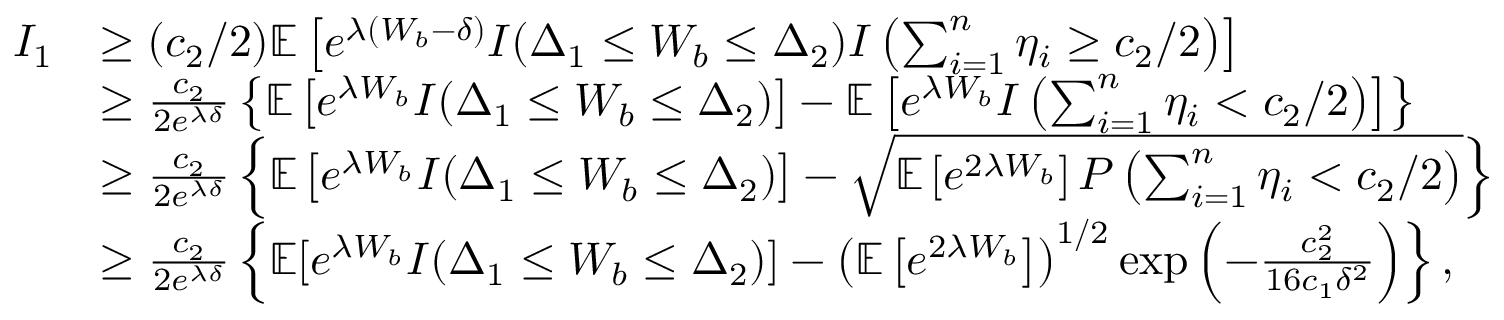
\begin{array} { r l } { I _ { 1 } } & { \geq ( c _ { 2 } / 2 ) \mathbb { E } \left[ e ^ { \lambda ( W _ { b } - \delta ) } I ( \Delta _ { 1 } \leq W _ { b } \leq \Delta _ { 2 } ) I \left( \sum _ { i = 1 } ^ { n } \eta _ { i } \geq c _ { 2 } / 2 \right) \right] } \\ & { \geq \frac { c _ { 2 } } { 2 e ^ { \lambda \delta } } \left\{ \mathbb { E } \left[ e ^ { \lambda W _ { b } } I ( \Delta _ { 1 } \leq W _ { b } \leq \Delta _ { 2 } ) \right] - \mathbb { E } \left[ e ^ { \lambda W _ { b } } I \left( \sum _ { i = 1 } ^ { n } \eta _ { i } < c _ { 2 } / 2 \right) \right] \right\} } \\ & { \geq \frac { c _ { 2 } } { 2 e ^ { \lambda \delta } } \left\{ \mathbb { E } \left[ e ^ { \lambda W _ { b } } I ( \Delta _ { 1 } \leq W _ { b } \leq \Delta _ { 2 } ) \right] - \sqrt { \mathbb { E } \left[ e ^ { 2 \lambda W _ { b } } \right] P \left( \sum _ { i = 1 } ^ { n } \eta _ { i } < c _ { 2 } / 2 \right) } \right\} } \\ & { \geq \frac { c _ { 2 } } { 2 e ^ { \lambda \delta } } \left\{ \mathbb { E } [ e ^ { \lambda W _ { b } } I ( \Delta _ { 1 } \leq W _ { b } \leq \Delta _ { 2 } ) ] - \left( \mathbb { E } \left[ e ^ { 2 \lambda W _ { b } } \right] \right) ^ { 1 / 2 } \exp \left( - \frac { c _ { 2 } ^ { 2 } } { 1 6 c _ { 1 } \delta ^ { 2 } } \right) \right\} , } \end{array}